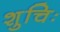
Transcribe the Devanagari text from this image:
शुचिः